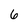
Character: 6